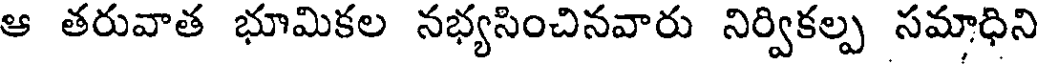
ఆ తరువాత భూమికల నభ్యసించినవారు నిర్వికల్ప సమాధిని